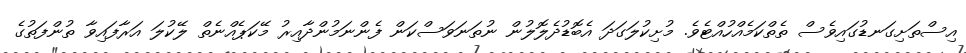
އިސްތަށިގަނޑުގައިވެސް ތެތްކަމެއްހުއްޓެވެ. މުށިކުލަގަދަ އެބޮޑުދެލޮލުން ނުތަނަވަސްކަން ފެންނަމުންދާއިރު މޭކަޕެއްނެތް ލޭކުލަ އަރާފައިވާ ތުންފަތުގެ